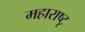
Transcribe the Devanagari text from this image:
महाराष्टृ